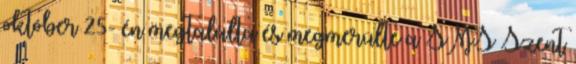
október 25- én megtalálta és megmerülte a SMS Szent